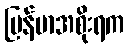
မြန်မာအစိုးရက